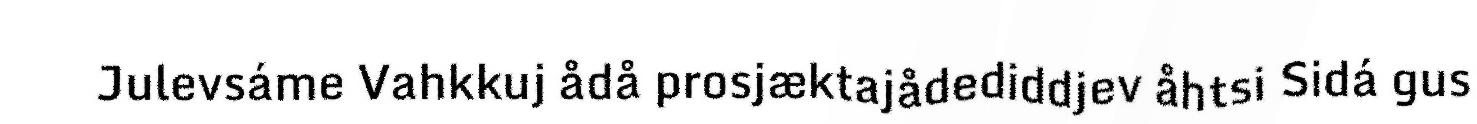
Julevsáme Vahkkuj ådå prosjæktajådediddjev åhtsi Sidá gus